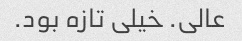
عالی. خیلی تازه بود.